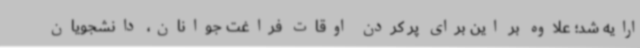
ارایه شد؛ علاوه بر این برای پر کردن اوقات فراغت جوانان، دانشجویان